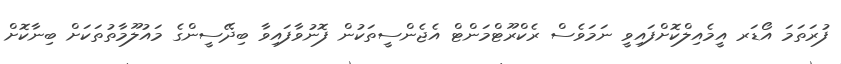
ފުރަތަމަ އޯޑަރ އީމެއިލްކޮށްފައިވީ ނަމަވެސް ރެކްރޫޓްމަންޓް އެޖެންސީތަކުން ފޮނުވާފައިވާ ބިދޭސީންގެ މައުލޫމާތުތަކަށް ބިނާކޮށް